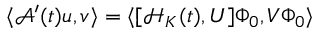
\langle \mathcal { A } ^ { \prime } ( t ) u , v \rangle = \langle [ \mathcal { H } _ { K } ( t ) , U ] \Phi _ { 0 } , V \Phi _ { 0 } \rangle